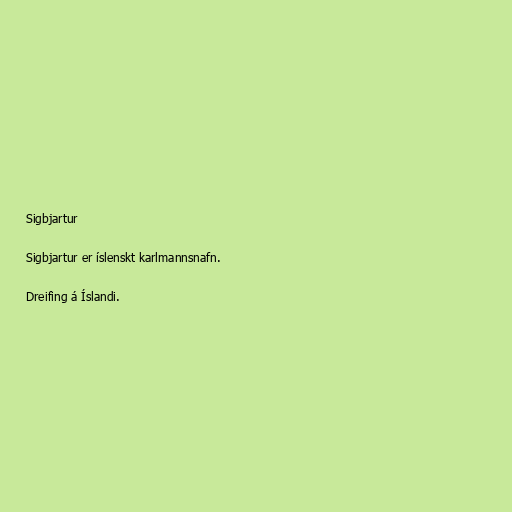
Sigbjartur

Sigbjartur er íslenskt karlmannsnafn.

Dreifing á Íslandi.